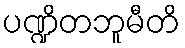
ပဏ္ဍိတဘူမီတိ